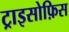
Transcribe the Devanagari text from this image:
ट्राइसोफ़िस